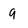
Character: 9